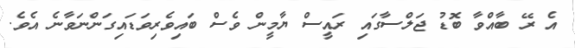
އެ ރޭ ބާއްވާ ބޮޑު ޖަލްސާގައި ރައީސް ޔާމީން ވެސް ބައިވެރިވަޑައިގަންނަވާނެ އެވެ.